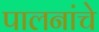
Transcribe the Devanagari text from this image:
पालनांचे